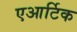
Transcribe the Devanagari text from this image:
एआर्टिक